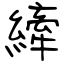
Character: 縴